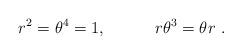
LaTeX: \begin{align*}r^2 = \theta ^{4} = 1, \quad \quad \quad r \theta^{3}= \theta r ~.\end{align*}